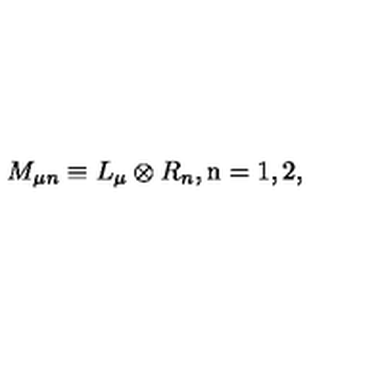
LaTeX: M _ { \mu n } \equiv L _ { \mu } \otimes R _ { n } , \mathrm { \tiny n = 1 , 2 } ,